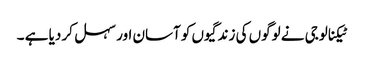
ٹیکنالوجی نے لوگوں کی زندگیوں کو آسان اور سہل کر دیا ہے ۔